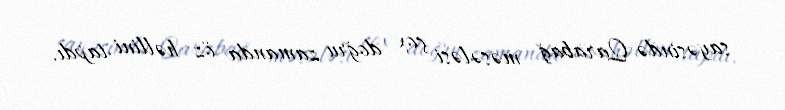
sayəsində Qarabağ məsələsi çox doğru zamanda öz həllini tapdı.